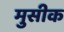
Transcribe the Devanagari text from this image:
मुसीक